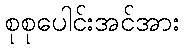
စုစုပေါင်းအင်အား